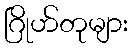
ဂြိုဟ်တုများ